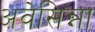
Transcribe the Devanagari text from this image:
अवेसिन्ना